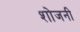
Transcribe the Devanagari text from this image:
शोजनी